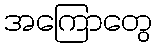
အကြောတွေ